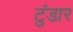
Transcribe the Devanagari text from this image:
टुंडार